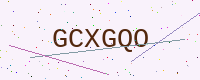
Text: GCXGQO